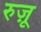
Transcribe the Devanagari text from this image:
रुज़ू